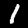
Digit: 1